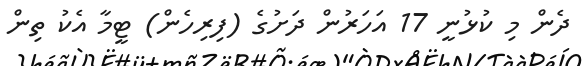
ދެން މި ކުޅުނީ 17 އަހަރުން ދަށުގެ (ފިރިހެން) ޓީމާ އެކު ތިން